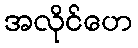
အလိုင်ဟေ